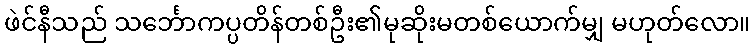
ဖဲင်နီသည် သင်္ဘောကပ္ပတိန်တစ်ဦး၏မုဆိုးမတစ်ယောက်မျှ မဟုတ်လော။